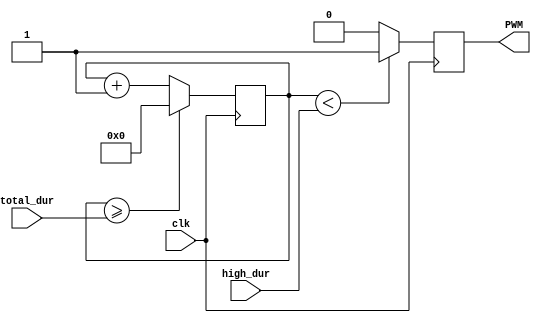
module PWM_Geneator(
	clk,
	total_dur,
	high_dur,
	PWM
);


input 					clk;
input       [31:0]   high_dur;
input			[31:0]   total_dur;

output	reg			PWM;
reg	      [31:0]	tick;

always @ (posedge clk)
begin
if (tick >= total_dur)
	begin
		tick <= 0;
	end
	else
		tick <= tick + 1;
end


always @ (posedge clk)
begin
		PWM <= (tick < high_dur)?1'b1:1'b0;//duck die width(5us)250  
end


endmodule